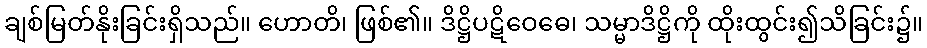
ချစ်မြတ်နိုးခြင်းရှိသည်။ ဟောတိ၊ ဖြစ်၏။ ဒိဋ္ဌိပဋိဝေဓေ၊ သမ္မာဒိဋ္ဌိကို ထိုးထွင်း၍သိခြင်း၌။